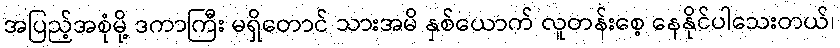
အပြည့်အစုံမို့ ဒကာကြီး မရှိတောင် သားအမိ နှစ်ယောက် လူတန်းစေ့ နေနိုင်ပါသေးတယ်၊